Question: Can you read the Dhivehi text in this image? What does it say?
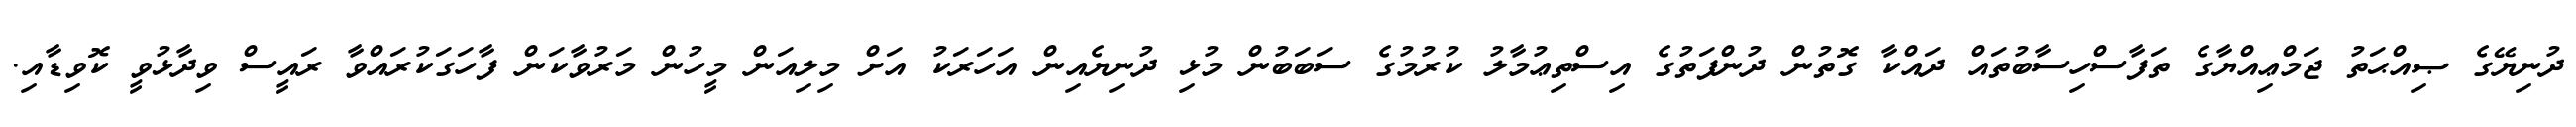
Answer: ދުނިޔޭގެ ޞިއްޙަތު ޖަމްޢިއްޔާގެ ތަފާސްހިސާބުތައް ދައްކާ ގޮތުން ދުންފަތުގެ އިސްތިޢުމާލު ކުރުމުގެ ސަބަބުން މުޅި ދުނިޔެއިން އަހަރަކު އަށް މިލިއަން މީހުން މަރުވާކަން ފާހަގަކުރައްވާ ރައީސް ވިދާޅުވީ ކޮވިޑާއި.